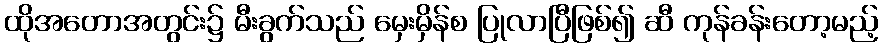
ထိုအတောအတွင်း၌ မီးခွက်သည် မှေးမှိန်စ ပြုလာပြီဖြစ်၍ ဆီ ကုန်ခန်းတော့မည့်